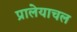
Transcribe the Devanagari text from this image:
प्रालेयाचल